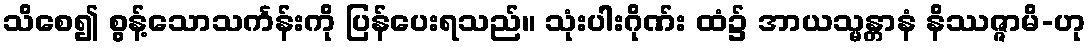
သိစေ၍ စွန့်သောသင်္ကန်းကို ပြန်ပေးရသည်။ သုံးပါးဂိုဏ်း ထံ၌ အာယသ္မန္တာနံ နိဿဇ္ဇာမိ-ဟု